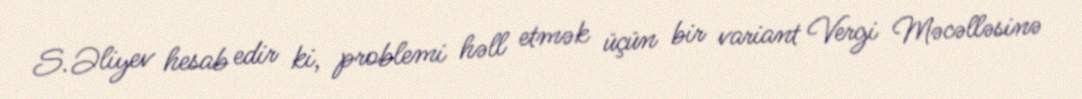
S.Əliyev hesab edir ki, problemi həll etmək üçün bir variant Vergi Məcəlləsinə